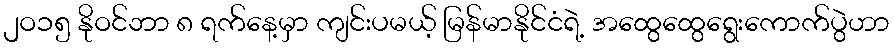
၂ဝ၁၅ နိုဝင်ဘာ ၈ ရက်နေ့မှာ ကျင်းပမယ့် မြန်မာနိုင်ငံရဲ့ အထွေထွေရွေးကောက်ပွဲဟာ